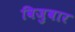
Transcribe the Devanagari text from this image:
विजुवार